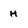
Character: h